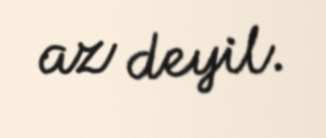
az deyil.